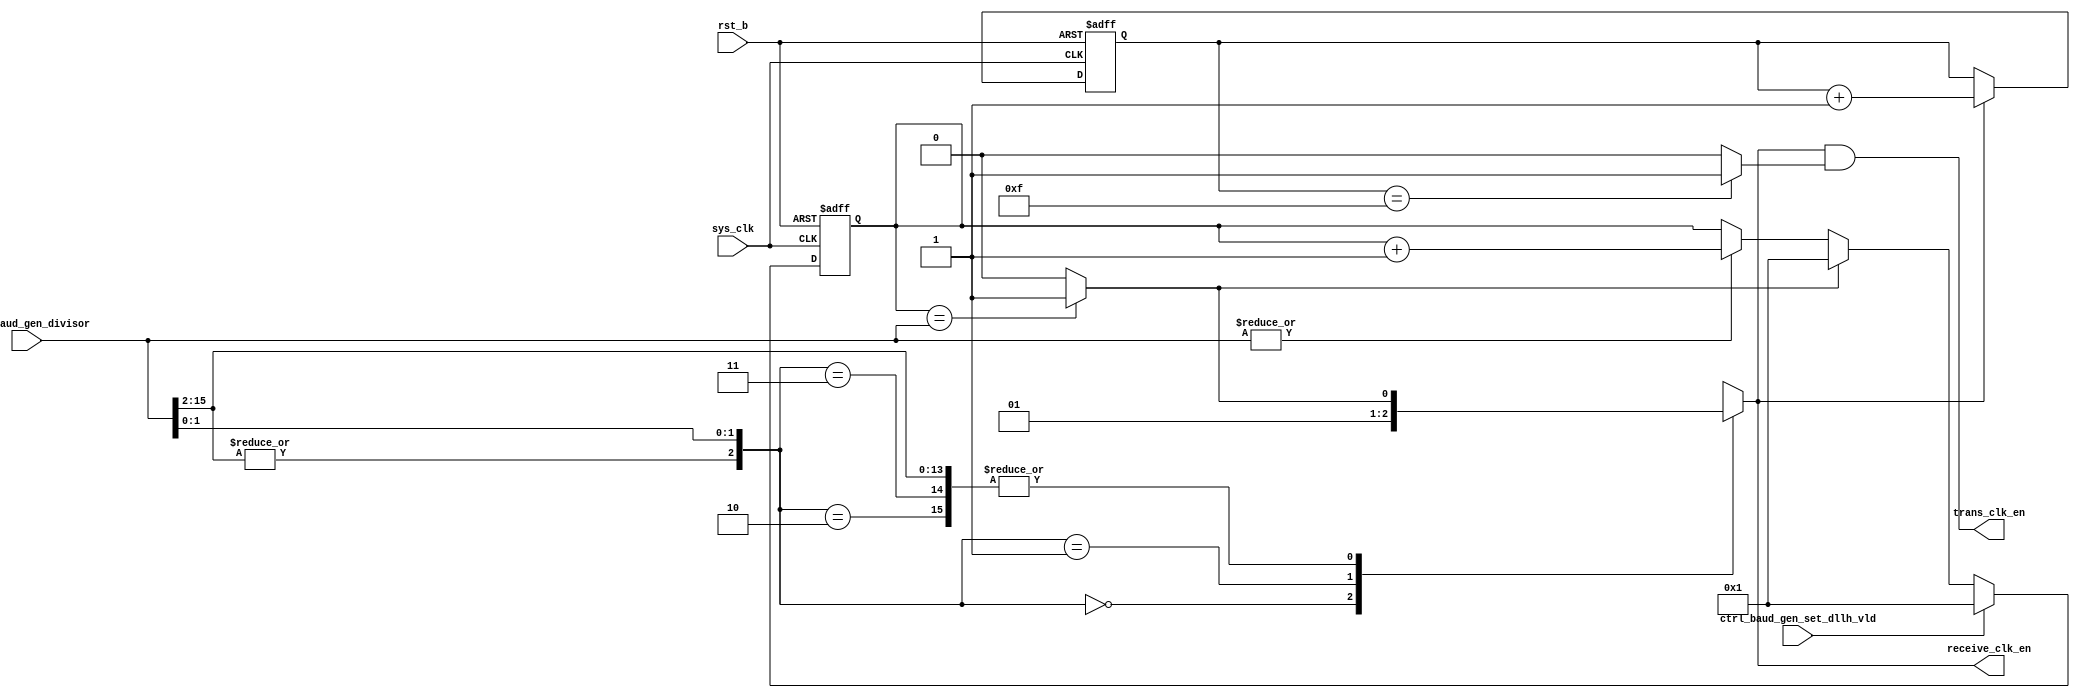
/*Copyright 2020-2021 T-Head Semiconductor Co., Ltd.

Licensed under the Apache License, Version 2.0 (the "License");
you may not use this file except in compliance with the License.
You may obtain a copy of the License at

    http://www.apache.org/licenses/LICENSE-2.0

Unless required by applicable law or agreed to in writing, software
distributed under the License is distributed on an "AS IS" BASIS,
WITHOUT WARRANTIES OR CONDITIONS OF ANY KIND, either express or implied.
See the License for the specific language governing permissions and
limitations under the License.
*/

// &ModuleBeg; @23
module uart_baud_gen(
  ctrl_baud_gen_divisor,
  ctrl_baud_gen_set_dllh_vld,
  receive_clk_en,
  rst_b,
  sys_clk,
  trans_clk_en
);

// &Ports; @24
input   [15:0]  ctrl_baud_gen_divisor;     
input           ctrl_baud_gen_set_dllh_vld; 
input           rst_b;                     
input           sys_clk;                   
output          receive_clk_en;            
output          trans_clk_en;              

// &Regs; @25
reg     [15:0]  clk_counter;               
reg             receive_clk_en;            
reg     [3 :0]  trans_clk_counter;         

// &Wires; @26
wire            clk_divisor_start_en;      
wire            clk_negedge_en;            
wire    [15:0]  ctrl_baud_gen_divisor;     
wire            ctrl_baud_gen_set_dllh_vld; 
wire            divisor_more_then_3;       
wire            rst_b;                     
wire            sys_clk;                   
wire            trans_clk_en;              
wire            trans_clk_posedge_en;      


// //&Force("output","receive_clk"); @28
// //&Force("output","trans_clk"); @29

//---------------------------------------
// divisor == 1
//---------------------------------------
//assign clk_divisor_1 = sys_clk;

//---------------------------------------
// divisor == 2
//---------------------------------------
//always@(posedge sys_clk or negedge rst_b)
//begin
//  if(!rst_b)
//    clk_divisor_2 <= 1'b0;
//  else 
//    clk_divisor_2 <= ~clk_divisor_2;
//end
//
//---------------------------------------
// divisor >= 3
//---------------------------------------
assign clk_divisor_start_en = |ctrl_baud_gen_divisor[15:0];
//assign clk_posedge_en  = (clk_counter[15:0] == 16'b10) ? 1 : 0;
assign clk_negedge_en  = (clk_counter[15:0] == ctrl_baud_gen_divisor[15:0]) ? 1 : 0 ;
 
always@(posedge sys_clk or negedge rst_b) 
begin 
  if(!rst_b) 
    clk_counter[15:0] <= 16'b1;
  else if(ctrl_baud_gen_set_dllh_vld)
    clk_counter[15:0] <= 16'b1;
  else if(clk_negedge_en)
    clk_counter[15:0] <= 1'b1; 
  else if(clk_divisor_start_en)
    clk_counter[15:0] <= clk_counter[15:0]+1;
  else
    clk_counter[15:0] <= clk_counter[15:0];
end
//always@(posedge sys_clk or negedge rst_b)
//begin
//  if(!rst_b)
//    clk_divisor_more <= 1'b0;
//  else if(clk_posedge_en)
//    clk_divisor_more <= 1'b1;
//  else if(clk_negedge_en)
//    clk_divisor_more <= 1'b0;
//  else 
//    clk_divisor_more <= clk_divisor_more;
//end

//----------------------------------------
// receive clk
//----------------------------------------

assign divisor_more_then_3 = |ctrl_baud_gen_divisor[15:2];

// &CombBeg; @85
always @( ctrl_baud_gen_divisor[1:0]
       or clk_negedge_en
       or divisor_more_then_3)
begin
casez({divisor_more_then_3,ctrl_baud_gen_divisor[1:0]})
  3'b000: receive_clk_en = 1'b0;
  3'b001: receive_clk_en = 1'b1;
  3'b010: receive_clk_en = clk_negedge_en;
  3'b011,
  3'b1??: receive_clk_en = clk_negedge_en;
  default: receive_clk_en = 1'b0;
endcase
// &CombEnd; @94
end
// &Force("output","receive_clk_en"); @95
//assign receive_clk = receive_clk_reg;
//----------------------------------------
// trans_clk
//----------------------------------------

always@(posedge sys_clk or negedge rst_b)
begin
  if(!rst_b)
   trans_clk_counter[3:0] <= 4'b0;
  else if(receive_clk_en) 
   trans_clk_counter[3:0] <= trans_clk_counter[3:0] + 1'b1;
  else 
   trans_clk_counter[3:0] <= trans_clk_counter[3:0];
end

assign trans_clk_posedge_en = (trans_clk_counter[3:0] == 4'b1111) ? 1 : 0;
//assign trans_clk_negedge_en = !(|trans_clk_counter[3:0]);
assign trans_clk_en  = receive_clk_en && trans_clk_posedge_en;

//always@(posedge receive_clk  or negedge rst_b)
//begin
//  if(!rst_b)
//    trans_clk_reg <= 1'b0;
//  else if(trans_clk_posedge_en)
//    trans_clk_reg <= 1'b1;
//  else if(trans_clk_negedge_en)
//    trans_clk_reg <= 1'b0;
//  else
//    trans_clk_reg <= trans_clk_reg;
//end

//assign trans_clk = trans_clk_reg;

// &ModuleEnd; @129
endmodule